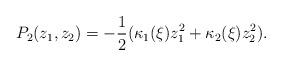
LaTeX: \begin{align*}P_2(z_1,z_2) = -\frac 12 (\kappa_1(\xi) z_1^2 +\kappa_2(\xi) z_2^2). \end{align*}